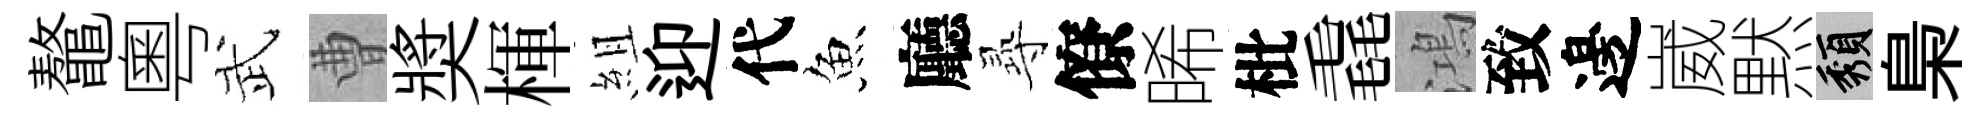
鼇粵武曹奬楎組迎代魚廳𡬶僚晞枇毳鴻致邊崴黙頽梟